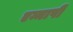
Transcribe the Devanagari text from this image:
एम्मापी